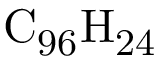
\mathrm { C _ { 9 6 } H _ { 2 4 } }